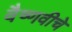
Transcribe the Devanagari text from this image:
वैष्णवीचे